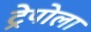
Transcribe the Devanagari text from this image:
ट्रेपोला